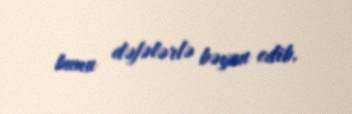
bunu dəfələrlə bəyan edib.